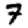
Digit: 7